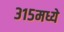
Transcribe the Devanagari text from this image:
३१५मध्ये